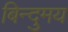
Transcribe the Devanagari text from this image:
बिन्दुमय